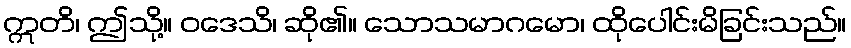
ဣတိ၊ ဤသို့။ ဝဒေသိ၊ ဆို၏။ သောသမာဂမော၊ ထိုပေါင်းမိခြင်းသည်။